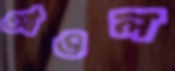
আওল